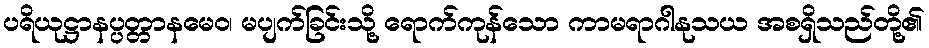
ပရိယုဋ္ဌာနပ္ပတ္တာနမေဝ၊ မပျက်ခြင်းသို့ ရောက်ကုန်သော ကာမရာဂါနုသယ အစရှိသည်တို့၏